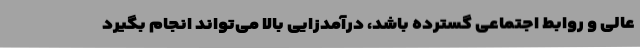
عالی و روابط اجتماعی گسترده باشد، درآمدزایی بالا می‌تواند انجام بگیرد